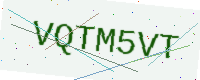
Text: VQTM5VT